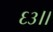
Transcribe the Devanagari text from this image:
६३।।